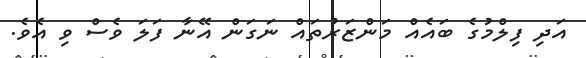
އަދި ފިލްމުގެ ބައެއް މަންޒަރުތައް ނަގަން އޭނާ ފަލަ ވެސް ވި އެވެ.